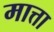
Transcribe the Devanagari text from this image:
मात्ता